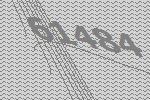
61484